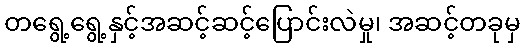
တရွေ့ရွေ့နှင့်အဆင့်ဆင့်ပြောင်းလဲမှု၊ အဆင့်တခုမှ